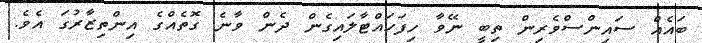
ބައެއް ސައިންސްވެރިން ތިބީ ނޭވާ ހިފަހައްޓާލައިގެން ދެން ވާނެ ގޮތެއްގެ އިންތިޒާރުގަ އެވެ.